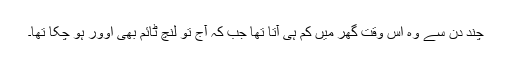
چند دن سے وہ اس وقت گھر میں کم ہی آتا تھا جب کہ آج تو لنچ ٹائم بھی اوور ہو چکا تھا۔